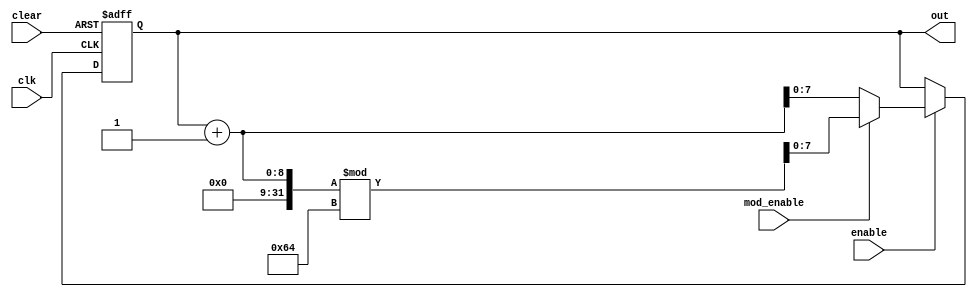
module CounterWithMod #(parameter WIDTH = 8, parameter MOD = 100) (
    input wire clk,
    input wire clear,
    input wire enable,
    input wire mod_enable,
    output reg [WIDTH-1:0] out
);
    always @(posedge clk or posedge clear) begin
        if (clear)
            out <= 0;
        else if (enable) begin
            if (mod_enable)
                out <= (out + 1) % MOD;
            else
                out <= out + 1;
        end
    end
endmodule